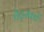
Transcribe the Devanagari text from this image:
चैट्स्वर्थ